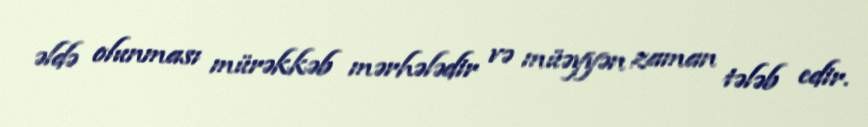
əldə olunması mürəkkəb mərhələdir və müəyyən zaman tələb edir.